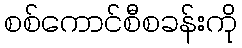
စစ်ကောင်စီစခန်းကို